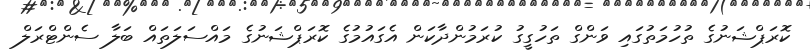
ކޮރަޕްޝަނުގެ ތުހުމަތުގައި ވަންގް ތަހުގީގު ކުރަމުންދާކަން އެގައުމުގެ ކޮރަޕްޝަނުގެ މައްސަލަތައް ބަލާ ސެންޓްރަލް